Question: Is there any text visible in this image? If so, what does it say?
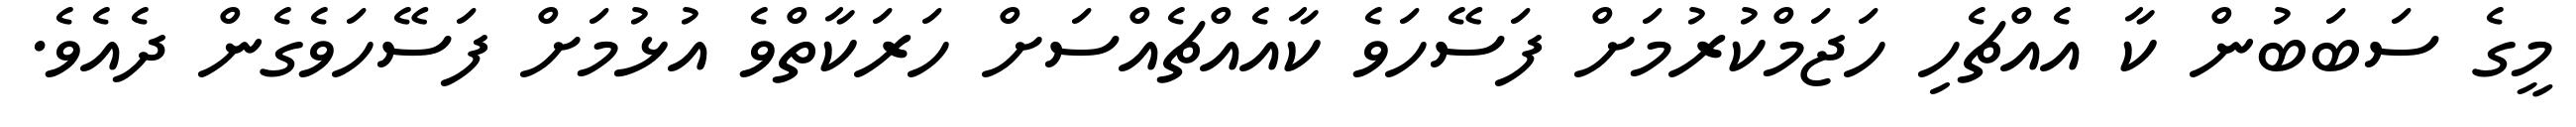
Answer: މީގެ ސަބަބުން ކާ އެއްޗެހި ހަޖަމްކުރުމަށް ފަސޭހަވެ ކާއެއްޗެއްސަށް ހަރަކާތްވެ އުޅުމަށް ފަސޭހަވެގެން ދެއެވެ.